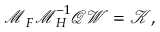
\boldsymbol { \mathcal { M } } _ { F } \boldsymbol { \mathcal { M } } _ { H } ^ { - 1 } \boldsymbol { \mathcal { Q } } \boldsymbol { \mathcal { W } } = \boldsymbol { \mathcal { K } } ,